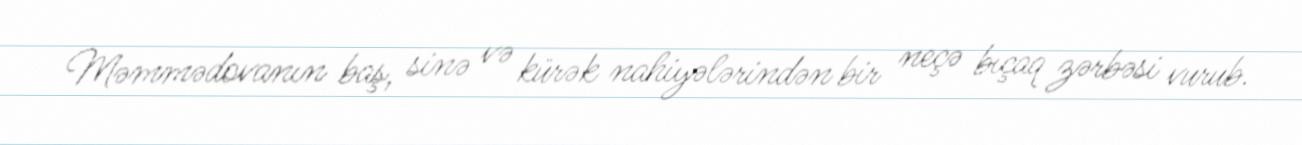
Məmmədovanın baş, sinə və kürək nahiyələrindən bir neçə bıçaq zərbəsi vurub.